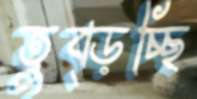
তুব্‌ড়চ্ছি